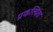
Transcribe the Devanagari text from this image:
प्रकल्पिता